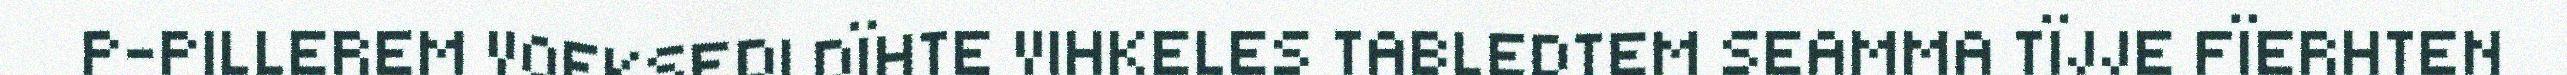
P-PILLEREM VOEKSEDI DÏHTE VIHKELES TABLEDTEM SEAMMA TÏJJE FÏERHTEN